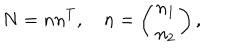
N = n n ^ { T } , \quad n = \left( \begin{array} { c } { { n _ { 1 } } } \\ { { n _ { 2 } } } \\ \end{array} \right) ,